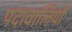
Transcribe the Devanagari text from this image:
पदावालियों